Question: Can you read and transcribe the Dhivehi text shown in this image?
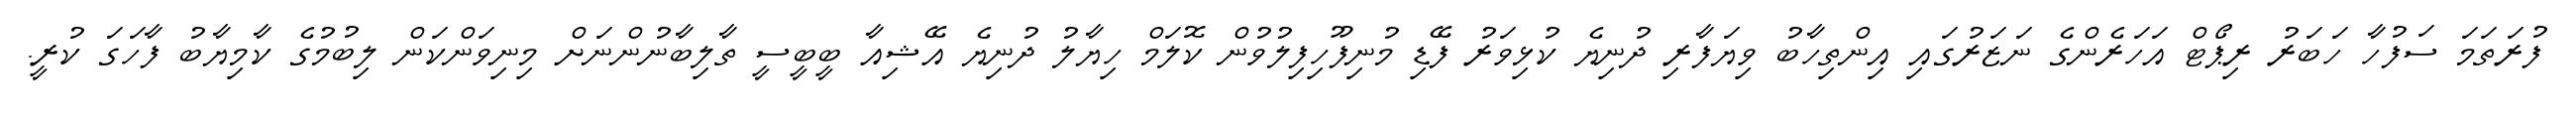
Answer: ފުރަތަމަ ސަފުހާ ހަބަރު ރިޕޯޓް އަހަރެންގެ ނަޒަރުގައި އިންތިހާބު ވިޔަފާރި ދުނިޔެ ކުޅިވަރު ފޭޑި މުނިފޫހިފިލުވުން ކޮލަމް ހިޔާލު ދުނިޔެ އޭޝިއާ ބީބީސީ ތާލިބާނުންނަށް މިނިވަންކަން ލިބުމުގެ ކާމިޔާބު ފާހަގަ ކުރީ.